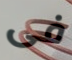
فى